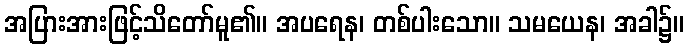
အပြားအားဖြင့်သိတော်မူ၏။ အပရေန၊ တစ်ပါးသော။ သမယေန၊ အခါ၌။